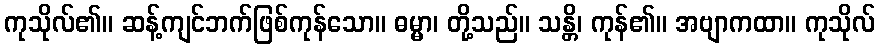
ကုသိုလ်၏။ ဆန့်ကျင်ဘက်ဖြစ်ကုန်သော။ ဓမ္မာ၊ တို့သည်။ သန္တိ၊ ကုန်၏။ အဗျာကထာ။ ကုသိုလ်